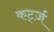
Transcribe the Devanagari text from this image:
कर्ट्ज़